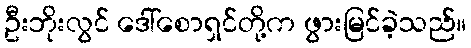
ဦးဘိုးလွင် ဒေါ်စောရှင်တို့က ဖွားမြင်ခဲ့သည်။